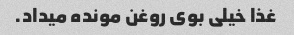
غذا خیلی بوى روغن مونده میداد.